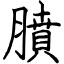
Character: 膹